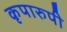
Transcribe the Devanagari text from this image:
कृपारुपी